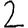
Digit: 2